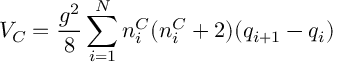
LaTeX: V _ { C } = \frac { g ^ { 2 } } { 8 } \sum _ { i = 1 } ^ { N } n _ { i } ^ { C } ( n _ { i } ^ { C } + 2 ) ( q _ { i + 1 } - q _ { i } )